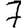
Digit: 7